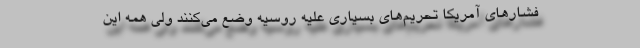
فشارهای آمریکا تحریم‌های بسیاری علیه روسیه وضع می‌کنند ولی همه این